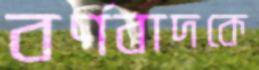
বর্ণবাদকে